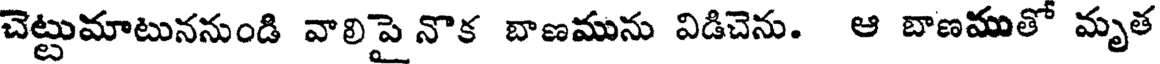
చెట్టుమాటుననుండి వాలిపై నొక బాణమును విడిచెను. ఆ బాణముతో మృత